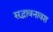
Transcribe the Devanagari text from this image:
सद्भावनावश